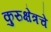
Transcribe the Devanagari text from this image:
कुरुक्षेत्रचे